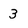
Character: 3